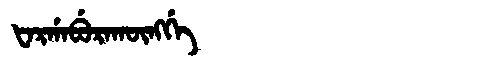
Manchu: ᡶᠠᡵᡤᠠᠪᡠᡵᠠᡴᡡᠩᡤᡝ
Romanization: FARGABURAKŪNGGE